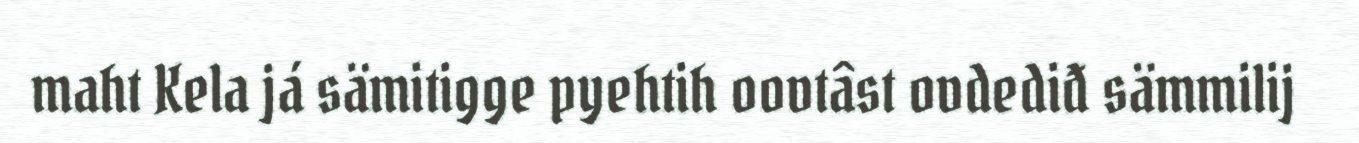
maht Kela já sämitigge pyehtih oovtâst ovdediđ sämmilij